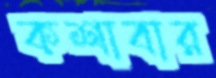
কশাবার